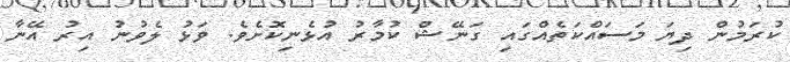
ކުރަމުން ދިޔަ މަސައްކަތެއްގައި ގަނޭޝް ކުމާރު އުޅެނިކޮށެވެ. ވަޅު ލެވުނު އިރު އޭނާ